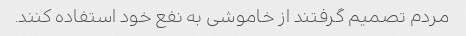
مردم تصمیم گرفتند از خاموشی به نفع خود استفاده کنند.